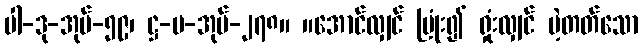
ပါ-ဒု-အုပ်-၅၉၊ ဋ္ဌ-မ-အုပ်-၂၇၈။ ။အောင်လျှင် ပြုံး၍ ရှုံးလျှင် မဲ့တတ်သော